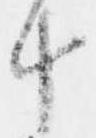
十